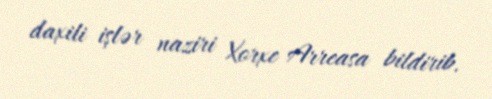
daxili işlər naziri Xorxe Arreasa bildirib.